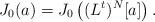
LaTeX: \begin{align*} J_0(a) = J_0\left((L^t)^N [a]\right) .\end{align*}